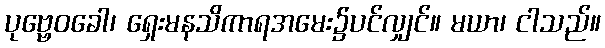
ပုဗ္ဗေဝခေါ၊ ရှေးမနသိကာရအမေး၌ပင်လျှင်။ မယာ၊ ငါသည်။